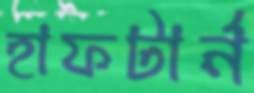
হাফটার্ন